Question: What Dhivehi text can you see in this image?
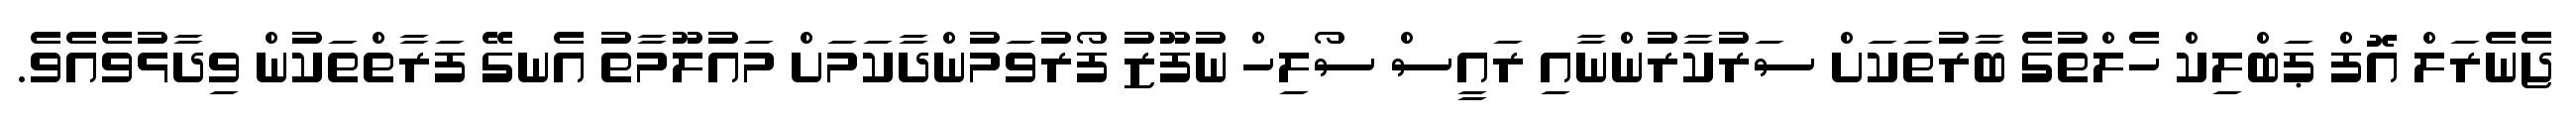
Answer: ޖެެނެރަލް އޮފް ޕަބްލިކް ހެލްތުގެ ބާރުތަކަށް ސަރުކާރުންނާއި ރައީސް ސޯލިހް ނުފޫޒު ފޯރުވަމުންދާކަމަށް މައުލޫމާތު އެނގޭ ފަރާތްތަކުން ވިދާޅުވެއެވެ.